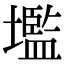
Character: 壏